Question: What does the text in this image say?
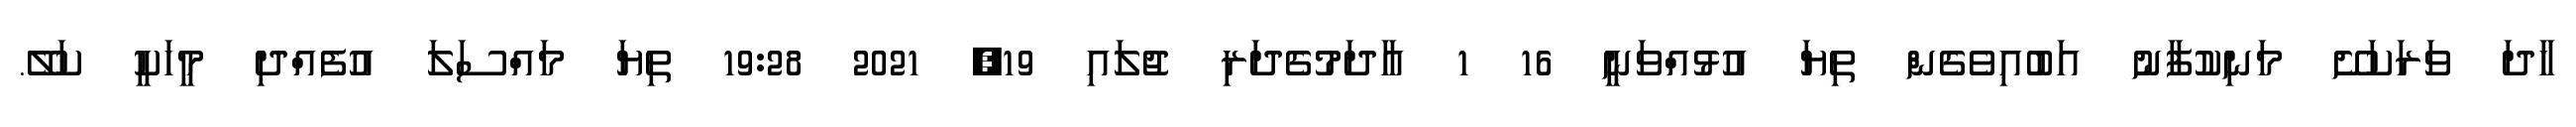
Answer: ހާދަ ވަރަކަށޭ މަނިކުފާނު އަބުއިވެގެން ތިޔަ އުޅުއްވަނީ 16 1 އާދަމުގެދަރި ޖުލައި 19, 2021 19:28 ތިޔަ މައްސަލަ އުފެއްދި މީހަކީ ކަލޭ.